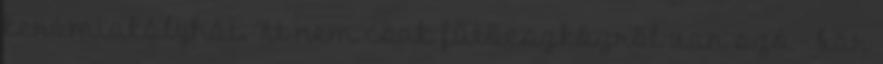
kerámiakályhát. Itt nem csak fűtőeszközről van szó - bár